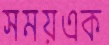
সময়এক